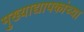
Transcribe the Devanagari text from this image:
मुख्‍याद्यापकांच्‍या